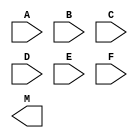
module mycircut(input A, B, C, D, E, E, F, output M);\n    assign W = (A & (B | ~C)) & (~D & (E ^ F));\nendmodule